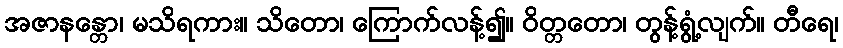
အဇာနန္တော၊ မသိရကား။ သိတော၊ ကြောက်လန့်၍။ ဝိတ္တတော၊ တွန့်ရွံ့လျက်။ တီရေ၊